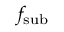
f _ { \mathrm { s u b } }